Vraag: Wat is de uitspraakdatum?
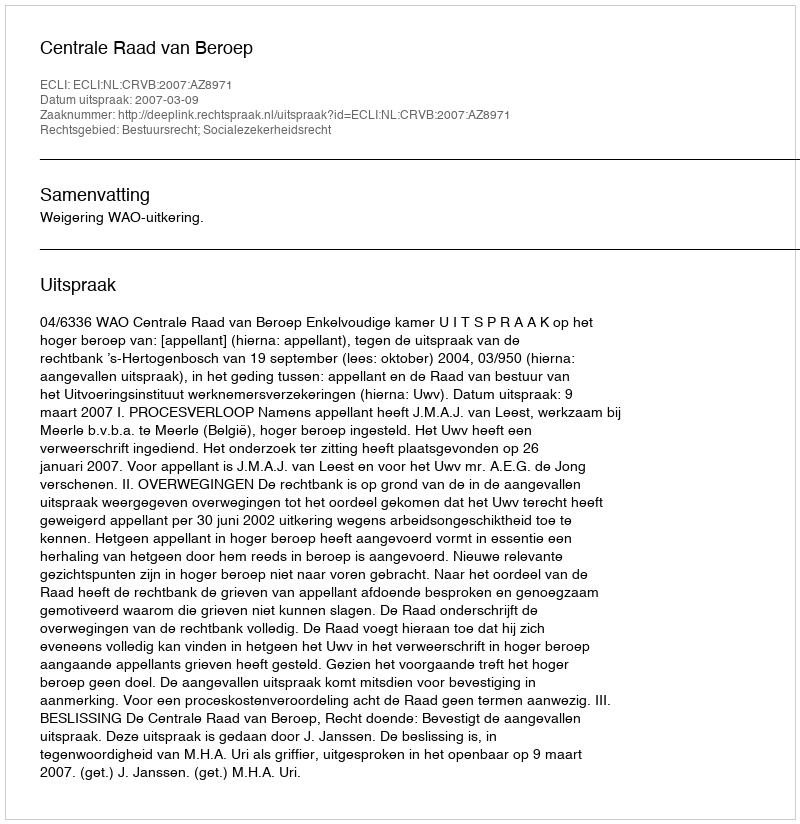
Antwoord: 2007-03-09